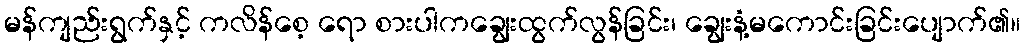
မန်ကျည်းရွက်နှင့် ကလိန်စေ့ ရော စားပါကချွေးထွက်လွန်ခြင်း၊ ချွေးနံ့မကောင်းခြင်းပျောက်၏။